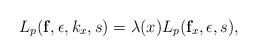
\begin{align*}L_p (\mathbf{f},\epsilon, k_x, s)=\lambda (x) L_p(\mathbf{f}_x,\epsilon,s),\end{align*}